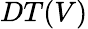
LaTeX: DT(V)